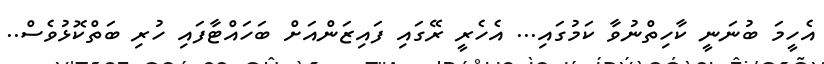
އެހީމަ ބުނަނީ ކާހިތްނުވާ ކަމުގައި... އެހެރީ ރޭގައި ފައިޒަންއަށް ބަހައްޓާފައި ހުރި ބަތްކޮޅުވެސް..